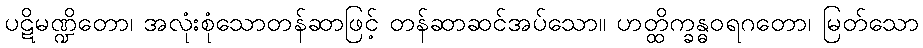
ပဋိမဏ္ဍိတော၊ အလုံးစုံသောတန်ဆာဖြင့် တန်ဆာဆင်အပ်သော။ ဟတ္ထိက္ခန္ဓဝရဂတော၊ မြတ်သော